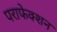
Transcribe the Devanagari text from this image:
पराफेक्शन